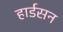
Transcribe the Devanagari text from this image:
हार्डसन